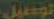
توصيل